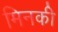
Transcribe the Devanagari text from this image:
मिनकी